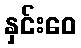
နှင်းဝေ